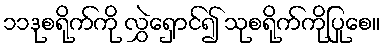
၁၁ဒုစရိုက်ကို လွှဲရှောင်၍ သုစရိုက်ကိုပြုစေ။